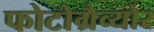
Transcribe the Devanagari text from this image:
फोटोग्रैव्योर